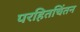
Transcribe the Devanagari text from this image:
परहितचिंतन